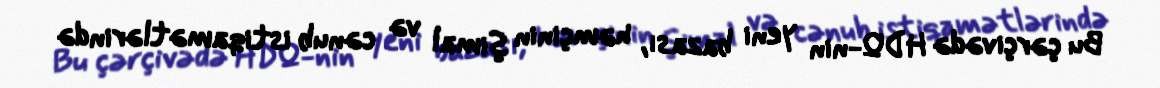
Bu çərçivədə HDQ-nin yeni bazası, həmçinin şimal və cənub istiqamətlərində